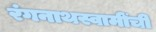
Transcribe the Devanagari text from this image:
रंगनाथस्वामींची